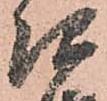
次